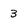
Character: 3